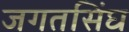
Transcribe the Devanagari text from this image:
जगतसिंघ